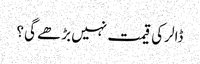
ڈالر کی قیمت نہیں بڑھے گی ؟